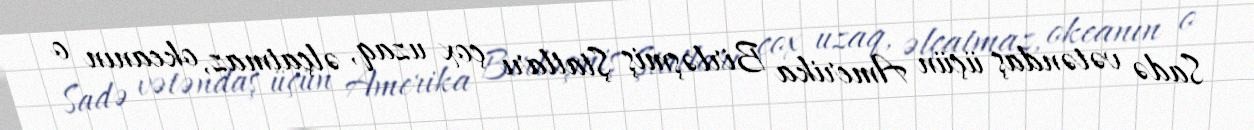
Sadə vətəndaş üçün Amerika Birləşmiş Ştatları çox uzaq, əlçatmaz, okeanın o